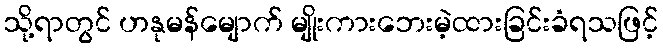
သို့ရာတွင် ဟနုမန်မျောက် မျိုးကားဘေးမဲ့ထားခြင်းခံရသဖြင့်